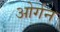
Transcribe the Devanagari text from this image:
ओर्गन